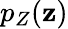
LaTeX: p_{Z}(\mathbf{z})